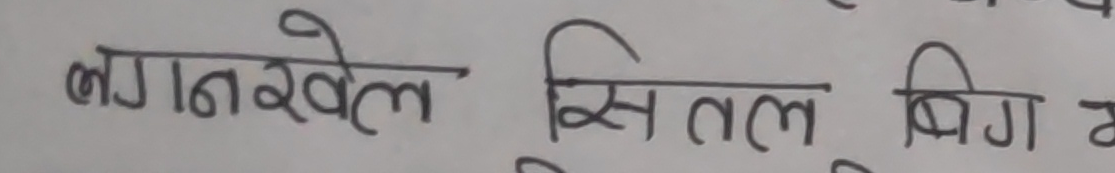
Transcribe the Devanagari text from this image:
लगन खेल सिसल बिग